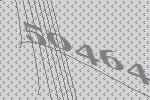
50464